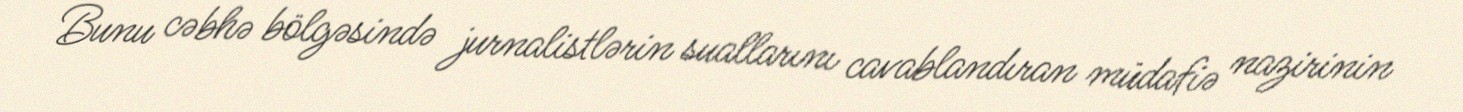
Bunu cəbhə bölgəsində jurnalistlərin suallarını cavablandıran müdafiə nazirinin